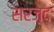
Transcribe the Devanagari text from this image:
सरज़द